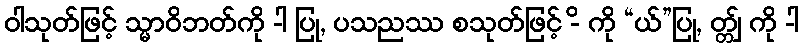
ဝါသုတ်ဖြင့် သ္မာဝိဘတ်ကို -ါ ပြု, ပသညဿ စသုတ်ဖြင့် -ိ ကို “ယ်”ပြု, တ္တျ် ကို -ါ